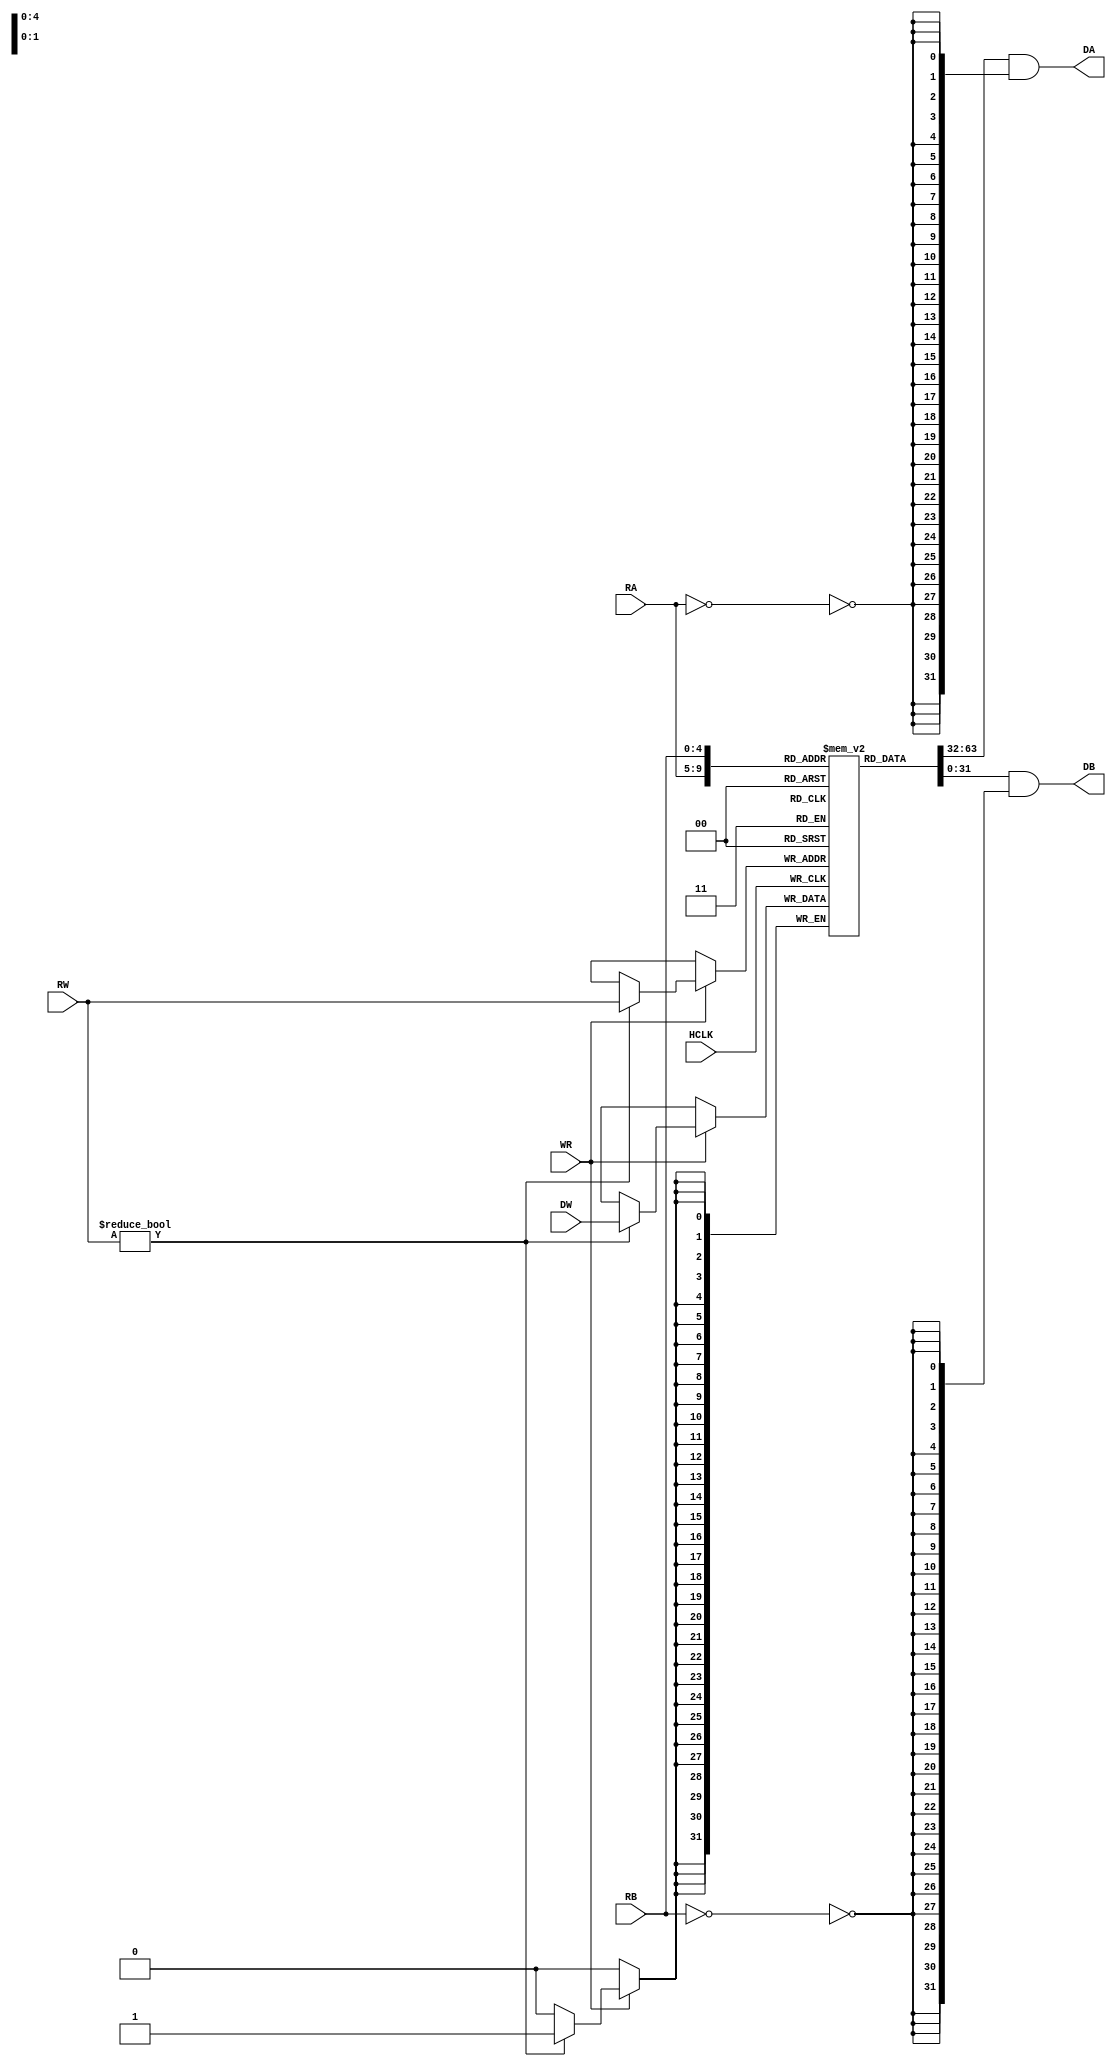
// This program was cloned from: https://github.com/AUCOHL/Lighter
// License: Apache License 2.0


module regfile (
	input			HCLK,							// System clock
	input			WR,
	input [ 4:0]	RA,
	input [ 4:0]	RB,
	input [ 4:0]	RW,
	input [31:0]	DW, 
	output [31:0]	DA, 
	output [31:0]	DB
);
 	reg [31:0] RF [31:0];

	assign DA = RF[RA] & {32{~(RA==5'd0)}};
	assign DB = RF[RB] & {32{~(RB==5'd0)}};
	
	always @ (posedge HCLK) 
		if(WR)
			if(RW!=5'd0) begin 
				RF[RW] <= DW;
				//#1 $display("Write: RF[%d]=0x%X []", RW, RF[RW]);
			end
endmodule